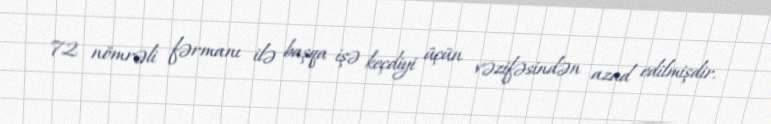
72 nömrəli fərmanı ilə başqa işə keçdiyi üçün vəzifəsindən azad edilmişdir.